Annual report on the working of the lock hospitals in the North-Western Provinces and Oudh
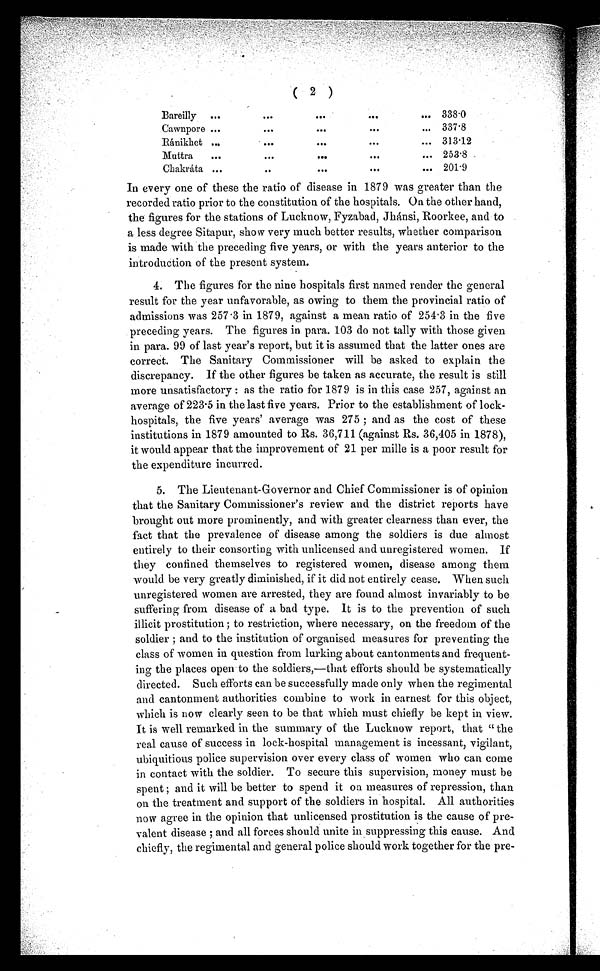
( 2 )
Bareilly ...
...
. . .
•••
... 338.0
Cawnpore ...
•••
•••
•••
... 337.8
Ránikhet ...
•••
. . .
. . .
... 313.12
Muttra
...
•••
...
. . .
... 253.8
Chakráta ...
. . .
•••
. . .
... 201.9
In every one of these the ratio of disease in 1879 was greater than the
recorded ratio prior to the constitution of the hospitals. On the other hand,
the figures for the stations of Lucknow, Fyzabad, Jhánsi, Roorkee, and to
a less degree Sitapur, show very much better results, whether comparison
is made with the preceding five years, or with the years anterior to the
introduction of the present system.
4. The figures for the nine hospitals first named render the general
result for the year unfavorable, as owing to them the provincial ratio of
admissions was 257.3 in 1879, against a mean ratio of 254.3 in the five
preceding years. The figures in para. 103 do not tally with those given
in para. 99 of last year's report, but it is assumed that the latter ones are
correct. The Sanitary Commissioner will be asked to explain the
discrepancy. If the other figures be taken as accurate, the result is still
more unsatisfactory : as the ratio for 1879 is in this case 257, against an
average of 223.5 in the last five years. Prior to the establishment of lock-
hospitals, the five years' average was 275 ; and as the cost of these
institutions in 1879 amounted to Rs. 36,711 (against Rs. 36,405 in 1878),
it would appear that the improvement of 21 per mille is a poor result for
the expenditure incurred.
5. The Lieutenant-Governor and Chief Commissioner is of opinion
that the Sanitary Commissioner's review and the district reports have
brought out more prominently, and with greater clearness than ever, the
fact that the prevalence of disease among the soldiers is due almost
entirely to their consorting with unlicensed and unregistered women. If
they confined themselves to registered women, disease among them
would be very greatly diminished, if it did not entirely cease. When such
unregistered women are arrested, they are found almost invariably to be
suffering from disease of a bad type. It is to the prevention of such
illicit prostitution ; to restriction, where necessary, on the freedom of the
soldier ; and to the institution of organised measures for preventing the
class of women in question from lurking about cantonments and frequent-
ing the places open to the soldiers,—that efforts should be systematically
directed. Such efforts can be successfully made only when the regimental
and cantonment authorities combine to work in earnest for this object,
which is now clearly seen to be that which must chiefly be kept in view.
It is well remarked in the summary of the Lucknow report, that " the
real cause of success in lock-hospital management is incessant, vigilant,
ubiquitious police supervision over every class of women who can come
in contact with the soldier. To secure this supervision, money must be
spent ; and it will be better to spend it on measures of repression, than
on the treatment and support of the soldiers in hospital. All authorities
now agree in the opinion that unlicensed prostitution is the cause of pre-
valent disease ; and all forces should unite in suppressing this cause. And
chiefly, the regimental and general police should work together for the pre-